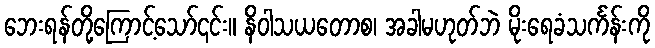
ဘေးရန်တို့ကြောင့်သော်၎င်း။ နိဝါသယတောစ၊ အခါမဟုတ်ဘဲ မိုးရေခံသင်္ကန်းကို